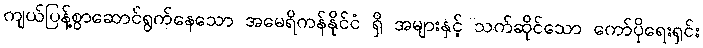
ကျယ်ပြန့်စွာဆောင်ရွက်နေသော အမေရိကန်နိုင်ငံ ရှိ အများနှင့် သက်ဆိုင်သော ကော်ပိုရေးရှင်း